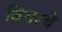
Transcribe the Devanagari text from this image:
बियरचे